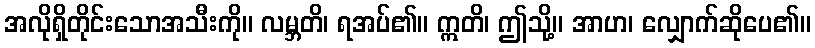
အလိုရှိတိုင်းသောအသီးကို။ လမ္ဘတိ၊ ရအပ်၏။ ဣတိ၊ ဤသို့။ အာဟ၊ လျှောက်ဆိုပေ၏။